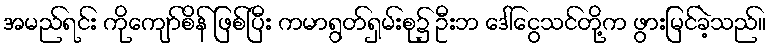
အမည်ရင်း ကိုကျော်စိန် ဖြစ်ပြီး ကမာရွတ်ရှမ်းစု၌ ဦးဘ ဒေါ်ငွေသင်တို့က ဖွားမြင်ခဲ့သည်။